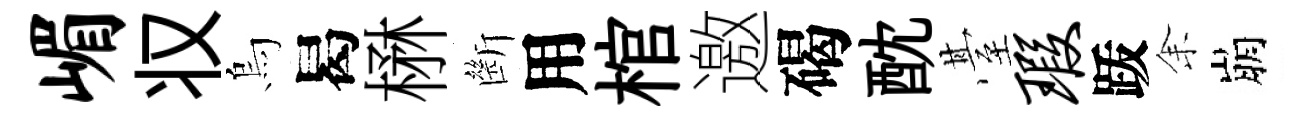
嵋𠬧烏曷楙㫁用棺邀碣酖䑓瑕䟦𪜬崩